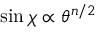
\sin \chi \propto \theta ^ { n / 2 }